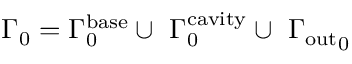
{ { \Gamma } _ { 0 } = { \Gamma } _ { 0 } ^ { \mathrm { b a s e } } \cup \ { \Gamma } _ { 0 } ^ { \mathrm { c a v i t y } } \cup \ { \Gamma } _ { \mathrm { o u t } } } _ { 0 }